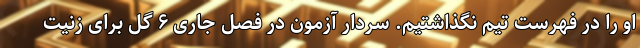
او را در فهرست تیم نگذاشتیم. سردار آزمون در فصل جاری ۶ گل برای زنیت